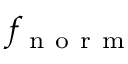
f _ { \mathrm { ~ n ~ o ~ r ~ m ~ } }